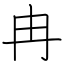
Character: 冉